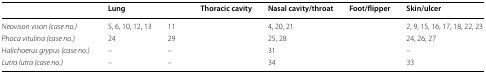
<table><thead><tr><td>[EMPTY_CELL]</td><td><b>Lung</b></td><td>[EMPTY_CELL]</td><td><b>Thoracic cavity</b></td><td><b>Nasal cavity/throat</b></td><td><b>Foot/flipper</b></td><td><b>Skin/ulcer</b></td></tr></thead><tbody><tr><td><i>Neovison vison (case no.)</i></td><td>5, 6, 10, 12, 13</td><td>11</td><td>[EMPTY_CELL]</td><td>4, 20, 21</td><td>[EMPTY_CELL]</td><td>2, 9, 15, 16, 17, 18, 22, 23</td></tr><tr><td><i>Phoca vitulina (case no.)</i></td><td>24</td><td>29</td><td>[EMPTY_CELL]</td><td>25, 28</td><td>[EMPTY_CELL]</td><td>24, 26, 27</td></tr><tr><td><i>Halichoerus grypus (case no.)</i></td><td>–</td><td>–</td><td>[EMPTY_CELL]</td><td>31</td><td>[EMPTY_CELL]</td><td>–</td></tr><tr><td><i>Lutra lutra (case no.)</i></td><td>–</td><td>–</td><td>[EMPTY_CELL]</td><td>34</td><td>[EMPTY_CELL]</td><td>33</td></tr></tbody></table>